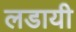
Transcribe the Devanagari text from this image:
लडायी